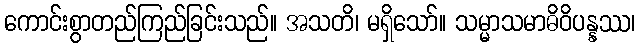
ကောင်းစွာတည်ကြည်ခြင်းသည်။ အသတိ၊ မရှိသော်။ သမ္မာသမာဓိဝိပန္နဿ၊